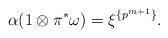
LaTeX: \begin{align*}\alpha(1\otimes \pi^{*}\omega)=\xi^{\{p^{m+1}\}} .\end{align*}